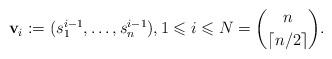
LaTeX: \begin{align*}{\bf v}_i := (s_1^{i-1}, \dots, s_n^{i-1}), 1 \leqslant i\leqslant N = \binom{n}{\lceil n/2 \rceil}.\end{align*}